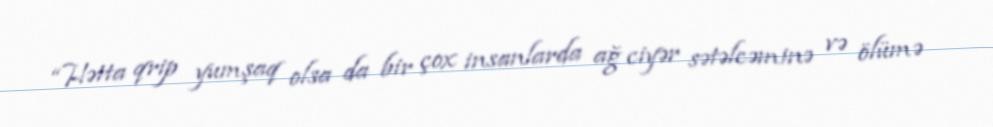
“Hətta qrip yumşaq olsa da bir çox insanlarda ağ ciyər sətəlcəminə və ölümə